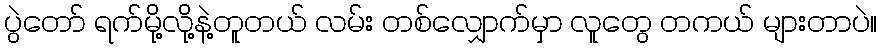
ပွဲတော် ရက်မို့လို့နဲ့တူတယ် လမ်း တစ်လျှောက်မှာ လူတွေ တကယ် များတာပဲ။